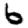
Digit: 6